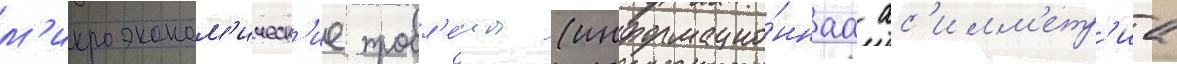
м'икроэконом'ическ'ие пробл'е́мы (информацио́ннаа ас'имм'етр'иа